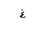
Letter: _gayn